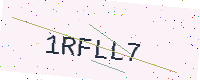
Text: 1RFLL7